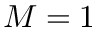
M = 1